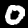
Digit: 0